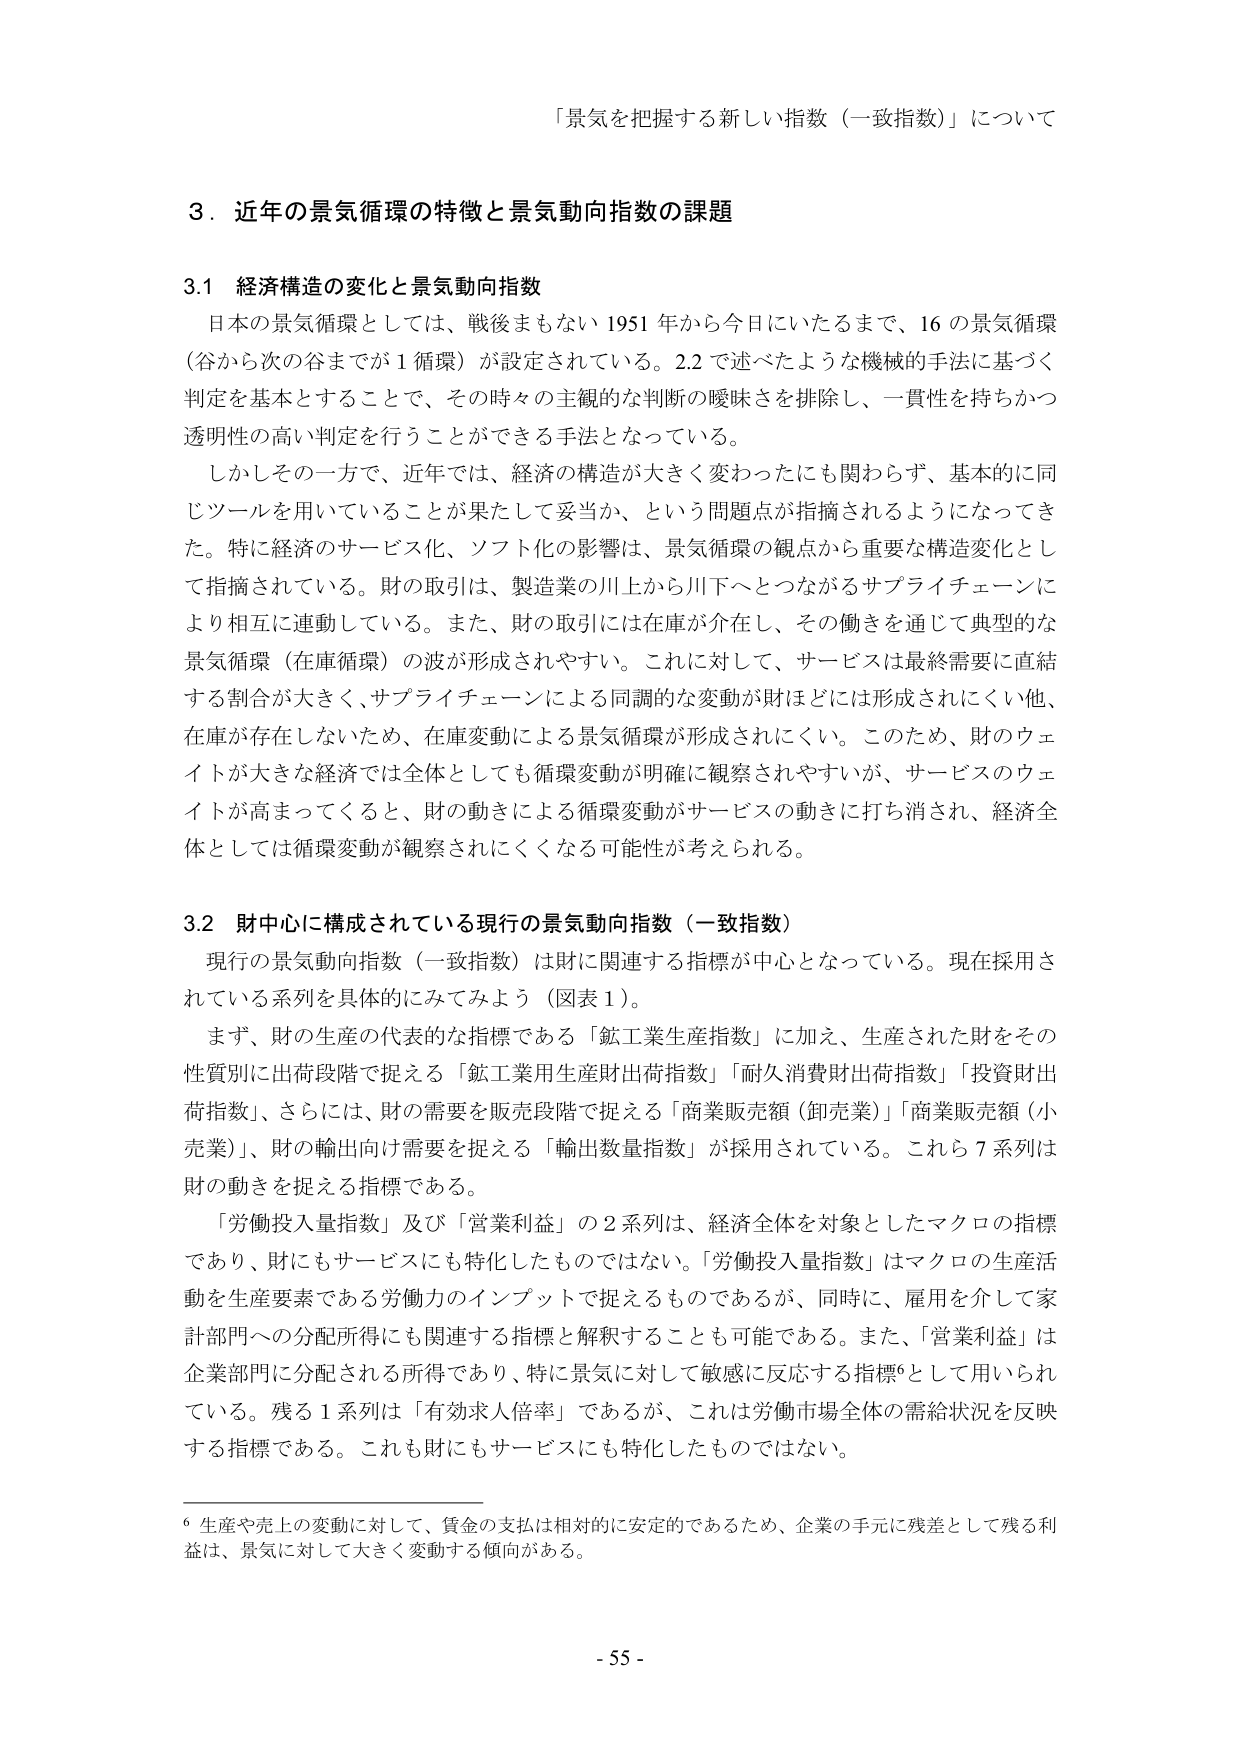
「景気を把握する新しい指数（一致指数）」について

3．近年の景気循環の特徴と景気動向指数の課題

3.1 経済構造の変化と景気動向指数
日本の景気循環としては、戦後まもない1951年から今日にいたるまで、16の景気循環（谷から次の谷までが1循環）が設定されている。2.2で述べたような機械的手法に基づく判定を基本とすることで、その時々の主観的な判断の曖昧さを排除し、一貫性を持ちかつ透明性の高い判定を行うことができる手法となっている。
しかしその一方で、近年では、経済の構造が大きく変わったにも関わらず、基本的に同じツールを用いていることが果たして妥当か、という問題点が指摘されるようになってきた。特に経済のサービス化、ソフト化の影響は、景気循環の観点から重要な構造変化として指摘されている。財の取引は、製造業の川上から川下へとつながるサプライチェーンにより相互に連動している。また、財の取引には在庫が介在し、その働きを通じて典型的な景気循環（在庫循環）の波が形成されやすい。これに対して、サービスは最終需要に直結する割合が大きく、サプライチェーンによる同調的な変動が財ほどには形成されにくい他、在庫が存在しないため、在庫変動による景気循環が形成されにくい。このため、財のウェイトが大きな経済では全体としても循環変動が明確に観察されやすいが、サービスのウェイトが高まってくると、財の動きによる循環変動がサービスの動きに打ち消され、経済全体としては循環変動が観察されにくくなる可能性が考えられる。

3.2 財中心に構成されている現行の景気動向指数（一致指数）
現行の景気動向指数（一致指数）は財に関連する指標が中心となっている。現在採用されている系列を具体的にみてみよう（図表1）。
まず、財の生産の代表的な指標である「鉱工業生産指数」に加え、生産された財をその性質別に出荷段階で捉える「鉱工業用生産財出荷指数」「耐久消費財出荷指数」「投資財出荷指数」、さらには、財の需要を販売段階で捉える「商業販売額（卸売業）」「商業販売額（小売業）」、財の輸出向け需要を捉える「輸出数量指数」が採用されている。これら7系列は財の動きを捉える指標である。
「労働投入量指数」及び「営業利益」の2系列は、経済全体を対象としたマクロの指標であり、財にもサービスにも特化したものではない。「労働投入量指数」はマクロの生産活動を生産要素である労働力のインプットで捉えるものであるが、同時に、雇用を介して家計部門への分配所得にも関連する指標と解釈することも可能である。また、「営業利益」は企業部門に分配される所得であり、特に景気に対して敏感に反応する指標6として用いられている。残る1系列は「有効求人倍率」であるが、これは労働市場全体の需給状況を反映する指標である。これも財にもサービスにも特化したものではない。

6 生産や売上の変動に対して、賃金の支払は相対的に安定的であるため、企業の手元に残差として残る利益は、景気に対して大きく変動する傾向がある。

- 55 -